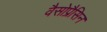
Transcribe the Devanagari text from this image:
वैसोप्रैसिन